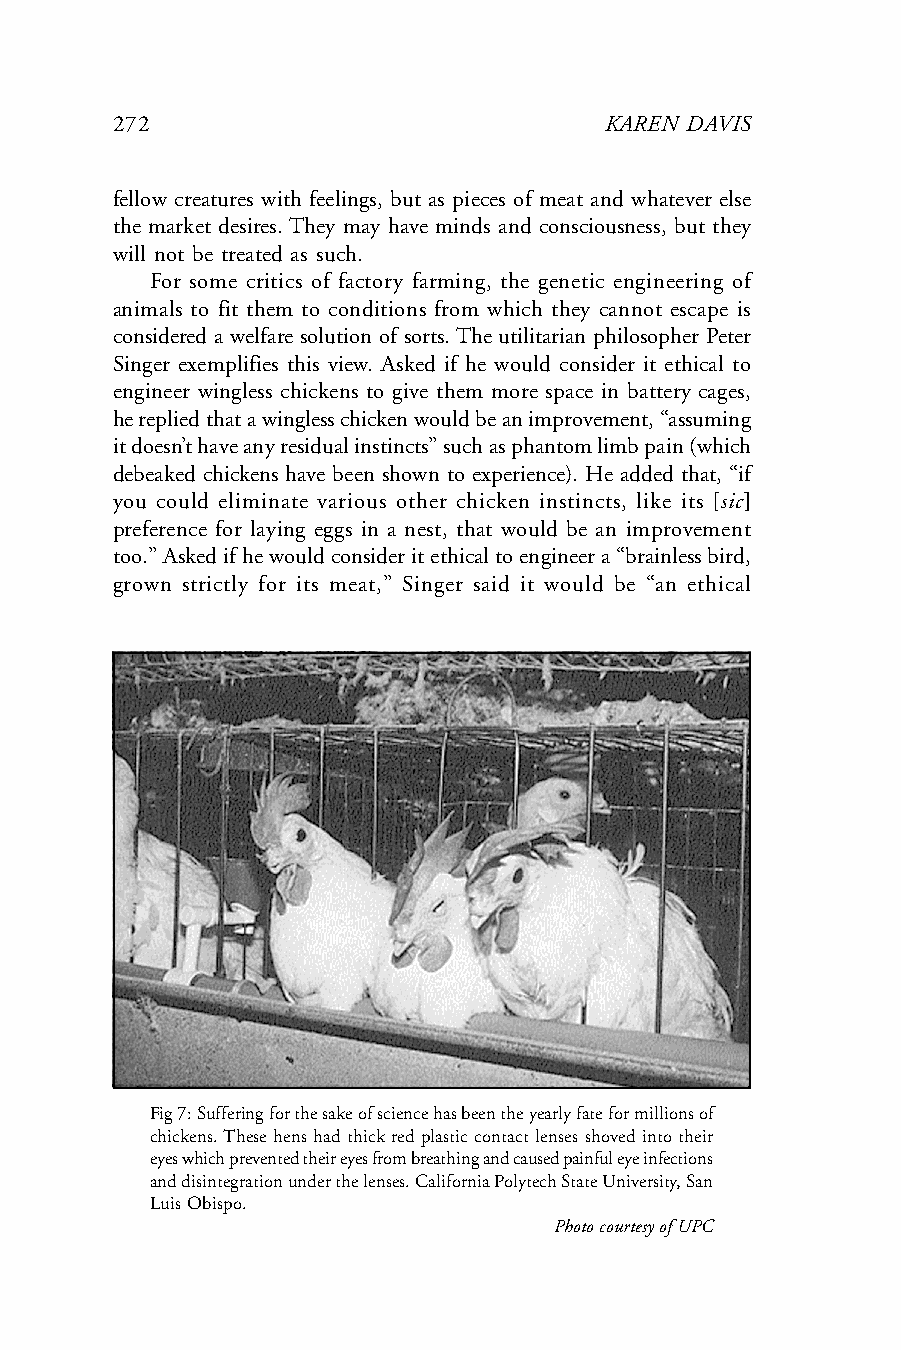
272                              KAREN DAVIS
 fellow creatures with feelings, but as pieces of meat and whatever else
 the market desires. They may have minds and consciousness, but they
 will not be treated as such.
 For some critics of factory farming, the genetic engineering of
 animals to fit them to conditions from which they cannot escape is
 considered a welfare solution of sorts. The utilitarian philosopher Peter
 Singer exemplifies this view. Asked if he would consider it ethical to
 engineer wingless chickens to give them more space in battery cages,
 he replied that a wingless chicken would be an improvement, “assuming
 it doesn’t have any residual instincts” such as phantom limb pain (which
 debeaked chickens have been shown to experience). He added that, “if
 you could eliminate various other chicken instincts, like its [sic]
 preference for laying eggs in a nest, that would be an improvement
 too.” Asked if he would consider it ethical to engineer a “brainless bird,
 grown strictly for its meat,” Singer said it would be “an ethical
 Fig 7: Suffering for the sake of science has been the yearly fate for millions of
 chickens. These hens had thick red plastic contact lenses shoved into their
 eyes which prevented their eyes from breathing and caused painful eye infections
 and disintegration under the lenses. California Polytech State University, San
 Luis Obispo.
 Photo courtesy of UPC